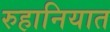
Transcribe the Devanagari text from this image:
रुहानियात